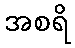
အစရိ